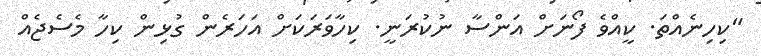
"ކިހިނެއްތަ. ކީއްވެ ފޯނަށް އަންސާ ނުކުރަނީ. ކިހާވަރަކަށް އަހަރެން ގުޅިން ކިހާ މެސެޖެއް